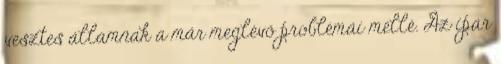
vesztes államnak a már meglévő problémái mellé. Az ipar